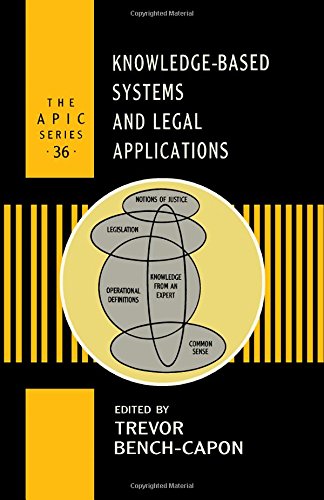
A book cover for Knowledge-Based Systems and Legal Applications, Volume 36 (APIC); Author Unknown; Law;